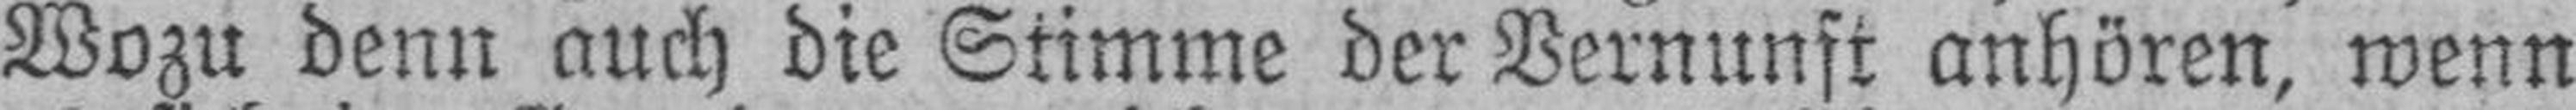
Wozu denn auch die Stimme der Vernunft anhören, wenn